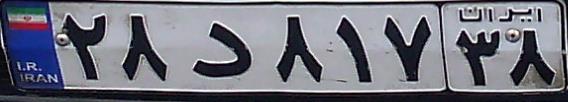
۲۸د۸۱۷۳۸